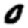
Digit: 0